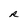
Character: R